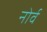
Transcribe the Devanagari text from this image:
नोर्व